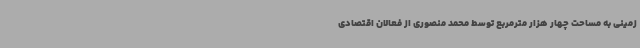
زمینی به مساحت چهار هزار مترمربع توسط محمد منصوری از فعالان اقتصادی